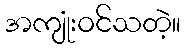
အကျုံးဝင်သတဲ့။